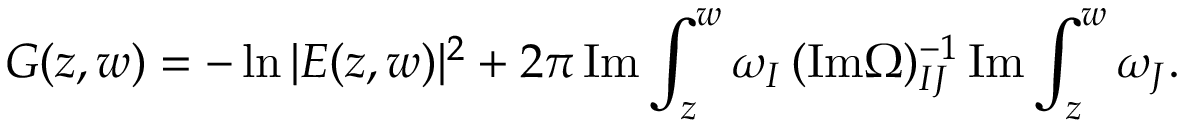
G ( z , w ) = - \ln | E ( z , w ) | ^ { 2 } + 2 \pi \, \mathrm { I m } \int _ { z } ^ { w } \omega _ { I } \, ( \mathrm { I m } \Omega ) _ { I J } ^ { - 1 } \, \mathrm { I m } \int _ { z } ^ { w } \omega _ { J } .